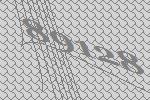
89128